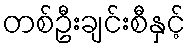
တစ်ဦးချင်းစီနှင့်